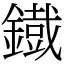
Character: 鐡